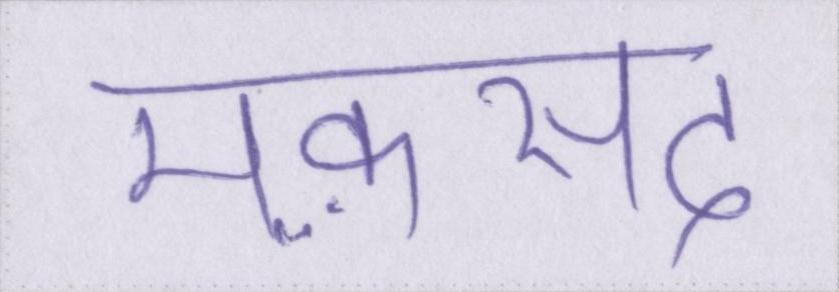
मक़सद